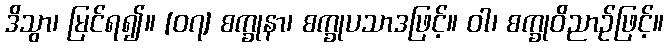
ဒိသွာ၊ မြင်ရ၍။ [၀၇] စက္ခုနာ၊ စက္ခုပသာဒဖြင့်။ ဝါ၊ စက္ခုဝိညာဉ်ဖြင့်။